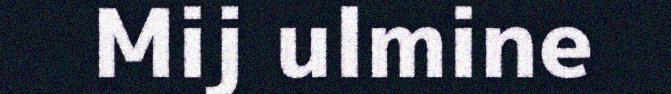
Mij ulmine